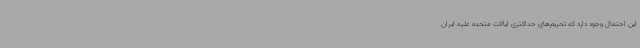
این احتمال وجود دارد که تحریم‌های حداکثری ایالات متحده علیه ایران